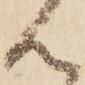
ん